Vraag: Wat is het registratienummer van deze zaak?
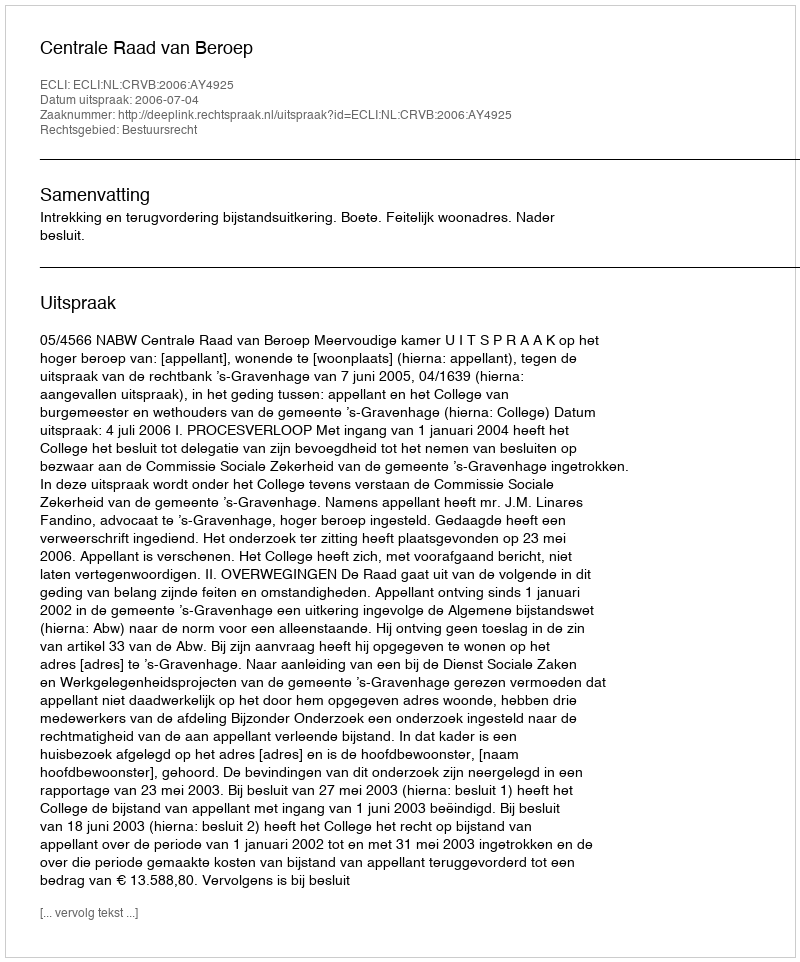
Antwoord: http://deeplink.rechtspraak.nl/uitspraak?id=ECLI:NL:CRVB:2006:AY4925